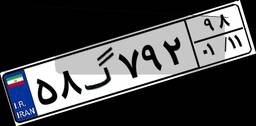
۵۸گ۷۹۲۹۸